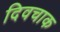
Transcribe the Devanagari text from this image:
दिवचाक